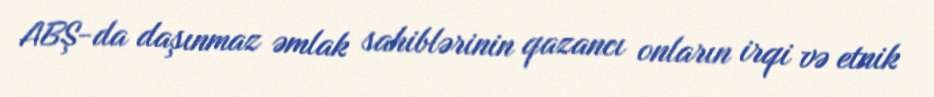
ABŞ-da daşınmaz əmlak sahiblərinin qazancı onların irqi və etnik